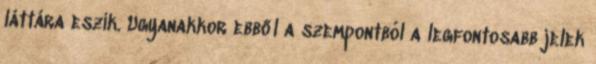
láttára eszik. Ugyanakkor ebből a szempontból a legfontosabb jelek